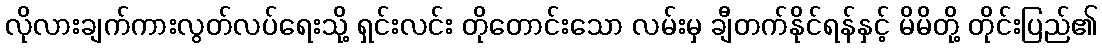
လိုလားချက်ကားလွတ်လပ်ရေးသို့ ရှင်းလင်း တိုတောင်းသော လမ်းမှ ချီတက်နိုင်ရန်နှင့် မိမိတို့ တိုင်းပြည်၏